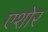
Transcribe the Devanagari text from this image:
एशोर